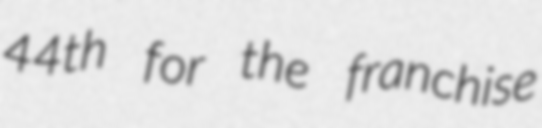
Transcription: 44th for the franchise